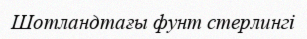
Шотландтағы фунт стерлингі